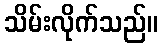
သိမ်းလိုက်သည်။